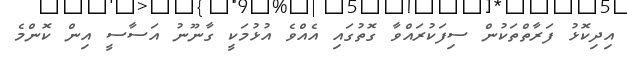
އިދިކޮޅު ފަރާތްތަކުން ސިފަކުރައްވާ ގޮތުގައި އެއްވެ އުޅުމަކީ ގާނޫނު އަސާސީ އިން ކޮންމެ